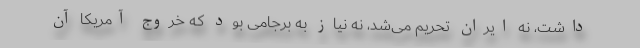
داشت، نه ایران تحریم می‌شد، نه نیاز به برجامی بود که خروج آمریکا آن